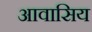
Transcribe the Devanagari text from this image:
आवासिय